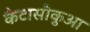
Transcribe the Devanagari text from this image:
कैटासौकुआ